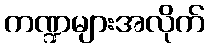
ကဏ္ဍများအလိုက်